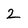
Character: 2